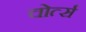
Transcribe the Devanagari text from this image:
चोर्त्स